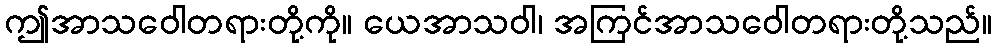
ဤအာသဝေါတရားတို့ကို။ ယေအာသဝါ၊ အကြင်အာသဝေါတရားတို့သည်။